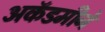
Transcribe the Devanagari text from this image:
अकॅडमीने